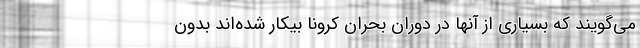
می‌گویند که بسیاری از آنها در دوران بحران کرونا بیکار شده‌اند بدون